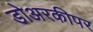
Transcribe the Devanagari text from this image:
डोअरकीपर